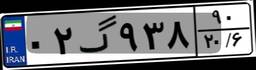
۱۵گ۶۱۹۹۱